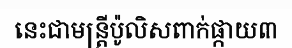
នេះជាមន្ត្រីប៉ូលិសពាក់ផ្កាយ៣